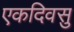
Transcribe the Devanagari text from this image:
एकदिवसु